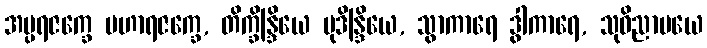
အပ္ပရဇက္ခေ မဟာရဇက္ခေ, တိက္ခိန္ဒြိယေ မုဒိန္ဒြိယေ, သွာကာရေ ဒွါကာရေ, သုဝိညာပယေ